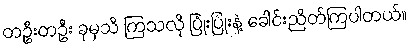
တဦးတဦး ခုမှသိ ကြသလို ပြုံးပြုံးနဲ့ ခေါင်းညိတ်ကြပါတယ်။